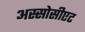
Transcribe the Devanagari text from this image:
अस्सोसीएट